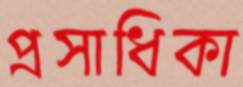
প্রসাধিকা